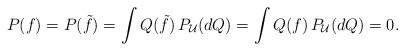
\begin{gather*}P(f)=P(\tilde{f})=\int Q(\tilde{f})\,P_\mathcal{U}(dQ)=\int Q(f)\,P_\mathcal{U}(dQ)=0.\end{gather*}